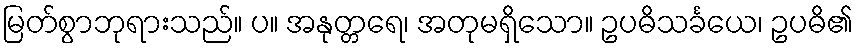
မြတ်စွာဘုရားသည်။ ပ။ အနုတ္တရေ၊ အတုမရှိသော။ ဥပဓိသင်္ခယေ၊ ဥပဓိ၏